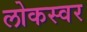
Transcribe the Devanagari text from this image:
लोकस्वर